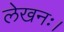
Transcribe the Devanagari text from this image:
लेखनः।